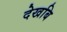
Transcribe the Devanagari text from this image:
देखबि